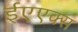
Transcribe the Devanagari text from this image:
ईएएक्स